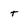
Character: t